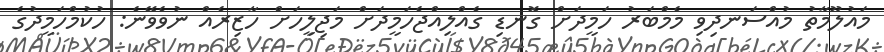
މައުލޫމާތު މުއްސަނދިވި މެމްބަރު ހަމީދަށް ގޮނޑި ގެއްލިއްޖެހަމީދަށް މަޖިލީހަށް ހާޒިރެއް ނުވެވޭނެ: ހުކުމްހަމީދުގެ